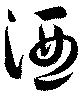
酒